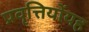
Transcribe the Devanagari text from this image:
प्रवृत्तियोंयह